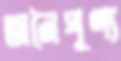
অনৈপূণ্য